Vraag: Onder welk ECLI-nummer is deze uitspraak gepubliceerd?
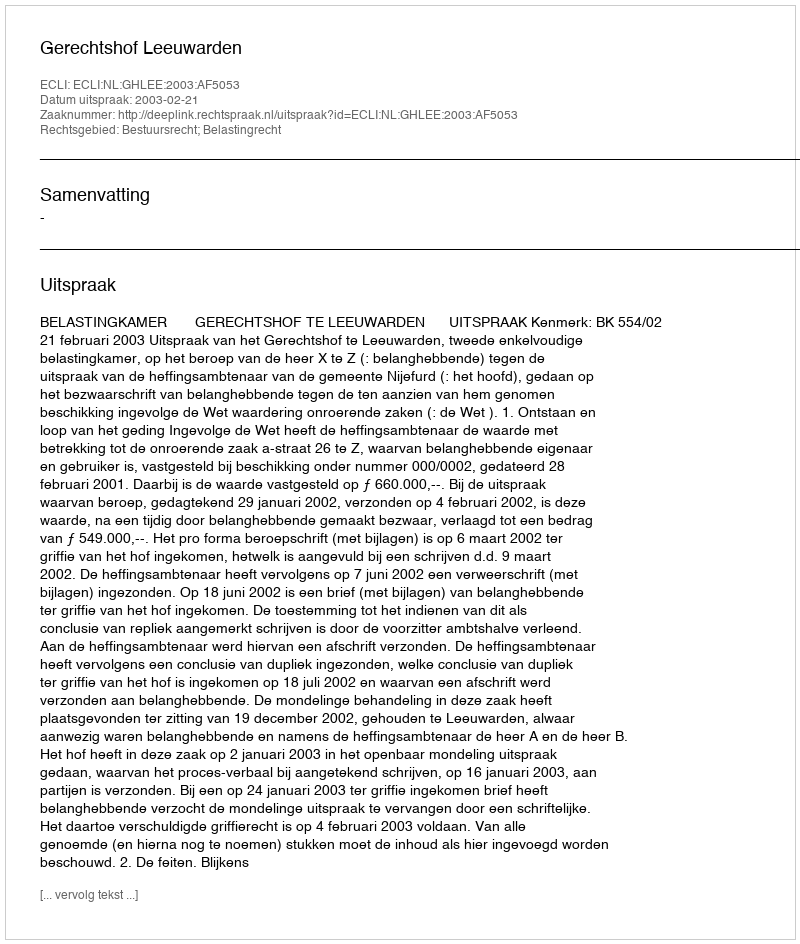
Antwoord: ECLI:NL:GHLEE:2003:AF5053